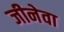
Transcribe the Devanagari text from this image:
जीनेवा